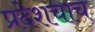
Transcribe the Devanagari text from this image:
प्रदेशचाच